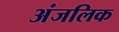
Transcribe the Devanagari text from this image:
अंजलिक